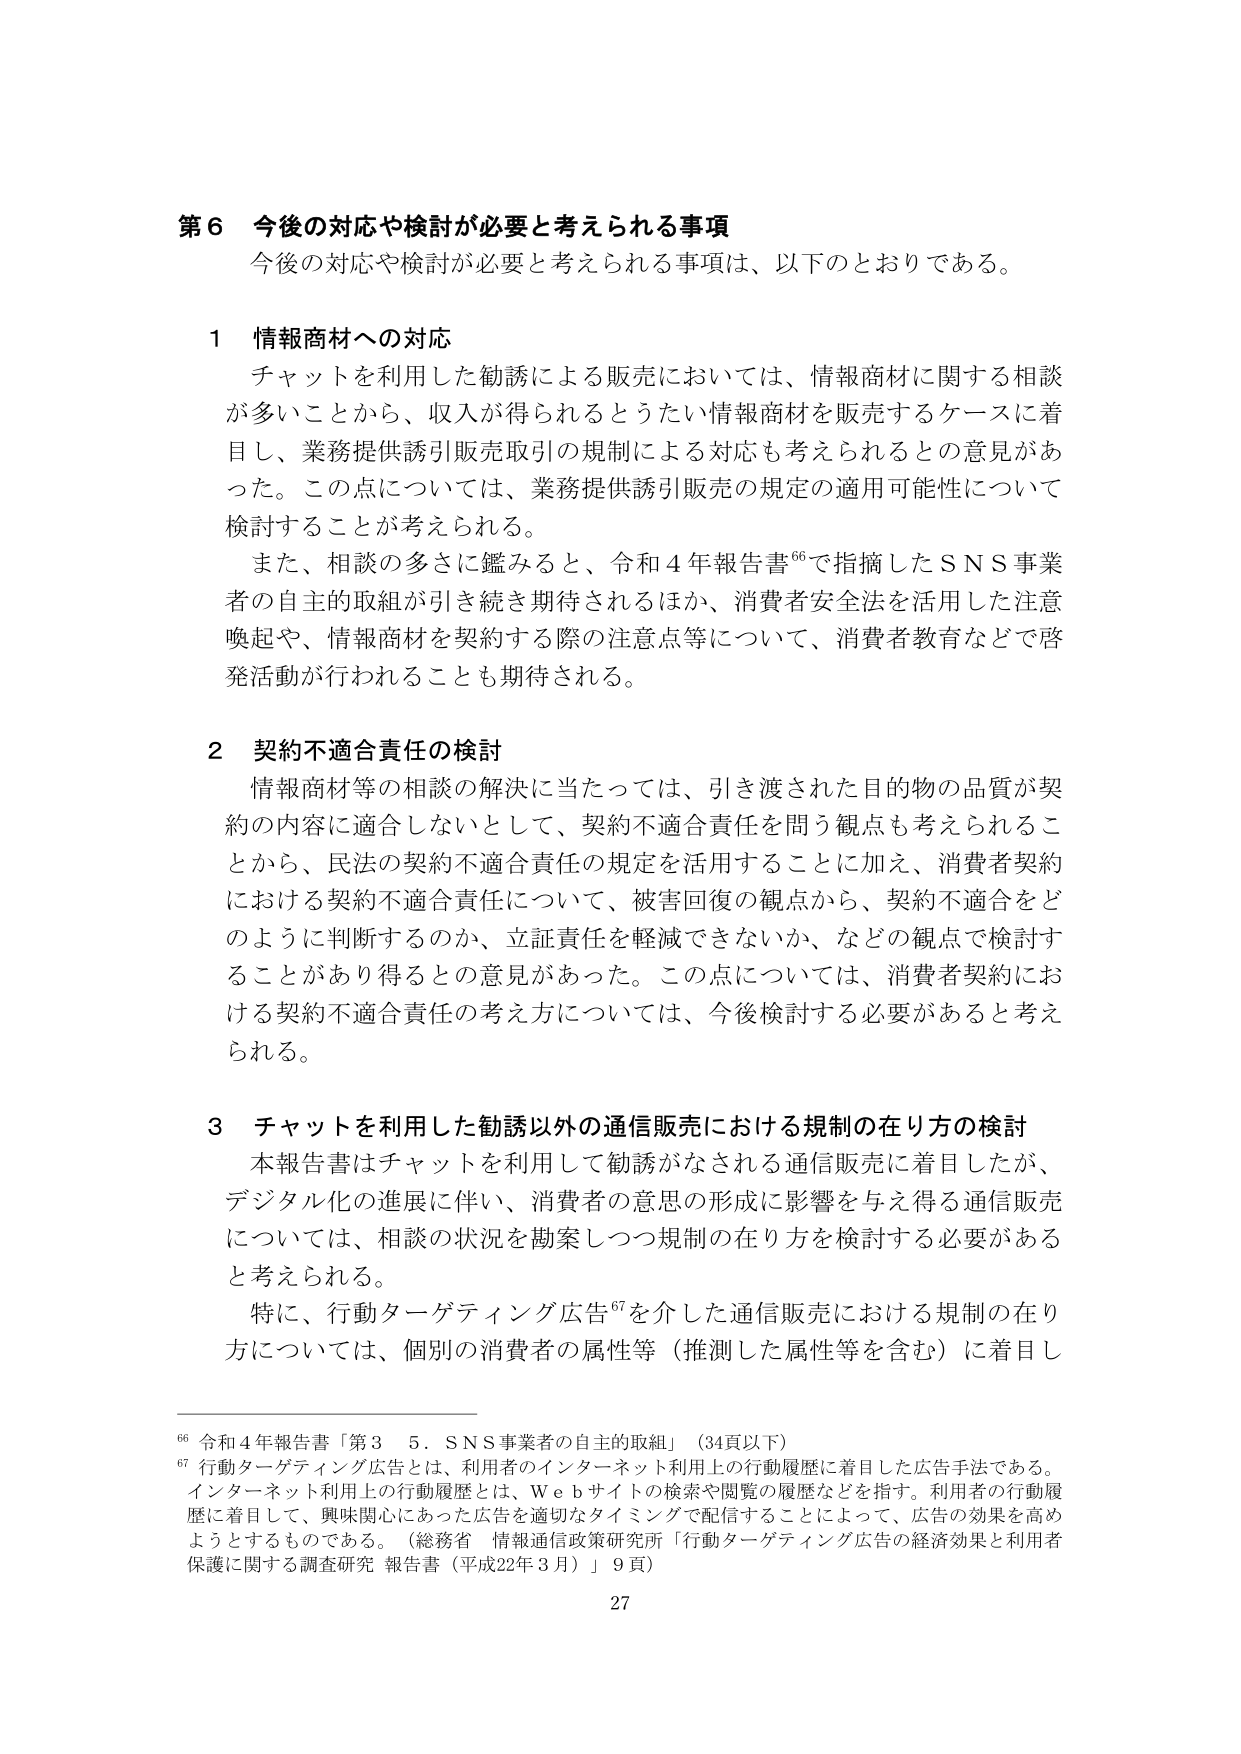
第６ 今後の対応や検討が必要と考えられる事項
今後の対応や検討が必要と考えられる事項は、以下のとおりである。

１ 情報商材への対応
チャットを利用した勧誘による販売においては、情報商材に関する相談が多いことから、収入が得られるとうたい情報商材を販売するケースに着目し、業務提供誘引販売取引の規制による対応も考えられるとの意見があった。この点については、業務提供誘引販売の規定の適用可能性について検討することが考えられる。
また、相談の多さに鑑みると、令和４年報告書⁶⁶で指摘したＳＮＳ事業者の自主的取組が引き続き期待されるほか、消費者安全法を活用した注意喚起や、情報商材を契約する際の注意点等について、消費者教育などで啓発活動が行われることも期待される。

２ 契約不適合責任の検討
情報商材等の相談の解決に当たっては、引き渡された目的物の品質が契約の内容に適合しないとして、契約不適合責任を問う観点も考えられることから、民法の契約不適合責任の規定を活用することに加え、消費者契約における契約不適合責任について、被害回復の観点から、契約不適合をどのように判断するのか、立証責任を軽減できないか、などの観点で検討することがあり得るとの意見があった。この点については、消費者契約における契約不適合責任の考え方については、今後検討する必要があると考えられる。

３ チャットを利用した勧誘以外の通信販売における規制の在り方の検討
本報告書はチャットを利用して勧誘がなされる通信販売に着目したが、デジタル化の進展に伴い、消費者の意思の形成に影響を与え得る通信販売については、相談の状況を勘案しつつ規制の在り方を検討する必要があると考えられる。
特に、行動ターゲティング広告⁶⁷を介した通信販売における規制の在り方については、個別の消費者の属性等（推測した属性等を含む）に着目し

⁶⁶ 令和４年報告書「第３　５．ＳＮＳ事業者の自主的取組」（34頁以下）
⁶⁷ 行動ターゲティング広告とは、利用者のインターネット利用上の行動履歴に着目した広告手法である。インターネット利用上の行動履歴とは、Ｗｅｂサイトの検索や閲覧の履歴などを指す。利用者の行動履歴に着目して、興味関心にあった広告を適切なタイミングで配信することによって、広告の効果を高めようとするものである。（総務省　情報通信政策研究所「行動ターゲティング広告の経済効果と利用者保護に関する調査研究 報告書（平成22年３月）」９頁）

27